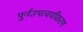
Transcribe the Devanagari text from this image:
पुर्नउपत्वचीकरण